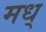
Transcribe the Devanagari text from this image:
मध्